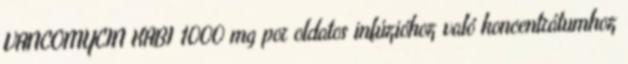
VANCOMYCIN KABI 1000 mg por oldatos infúzióhoz való koncentrátumhoz